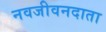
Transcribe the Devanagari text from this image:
नवजीवनदाता